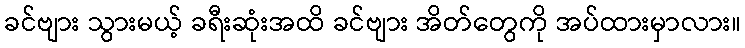
ခင်ဗျား သွားမယ့် ခရီးဆုံးအထိ ခင်ဗျား အိတ်တွေကို အပ်ထားမှာလား။